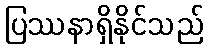
ပြဿနာရှိနိုင်သည်